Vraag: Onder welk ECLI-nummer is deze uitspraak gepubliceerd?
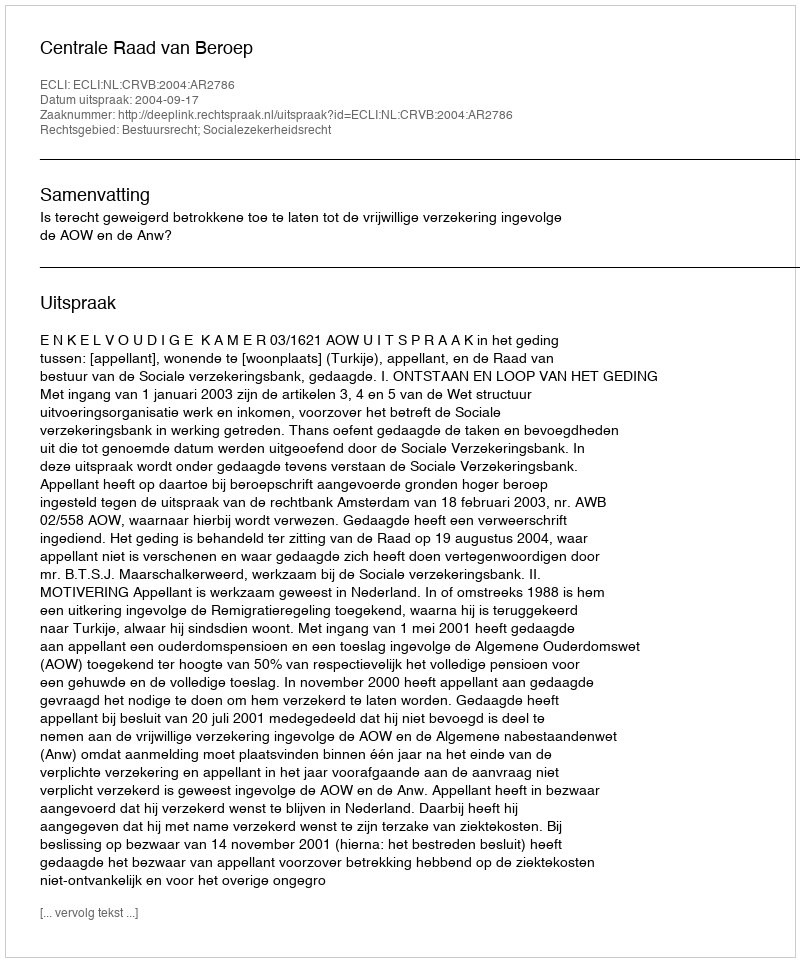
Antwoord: ECLI:NL:CRVB:2004:AR2786